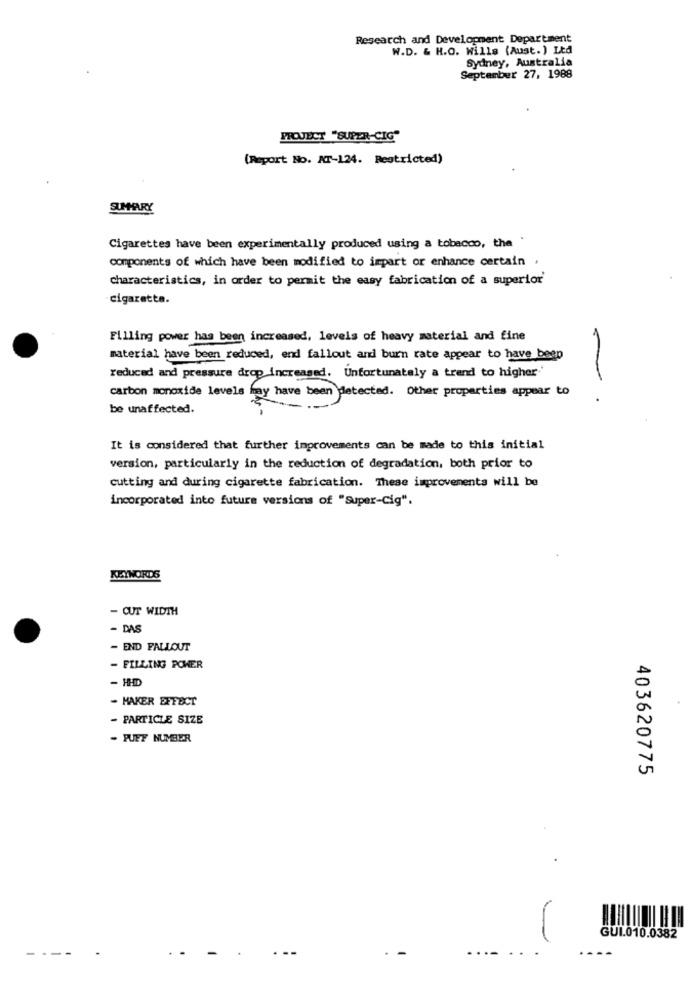
Research and Development Department
W.D. & H.O. Wills (Aust. ) Ltd
Sydney, Australia
September 27, 1988
PROJECT "SUPER-CIG"
(Report No. AT-124. Restricted)
SUMMARY
Cigarettes have been experimentally produced using a tobacco, the
components of which have been modified to impart or enhance certain
.
characteristics, in order to permit the easy fabrication of a superior'
cigarette.
Filling power has been increased, levels of heavy material and fine
material have been reduced, end fallout and burn rate appear to have been
reduced and pressure drop increased. Unfortunately a trend to higher'
carbon monoxide levels may have been detected. Other properties appear to
be unaffected.
It is considered that further improvements can be made to this initial
version, particularly in the reduction of degradation, both prior to
cutting and during cigarette fabrication. These improvements will be
incorporated into future versions of "Super-Cig".
KEYWORDS
- CUT WIDTH
-DAS
- END FALLOUT
- FILLING POWER
- HHD
- MAKER EFFECT
- PARTICLE SIZE
- PUFF NUMBER
403620775
GUI.010.0382
....